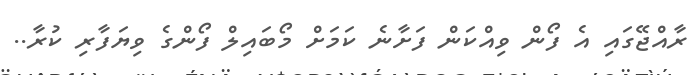
ރާއްޖޭގައި އެ ފޯން ވިއްކަން ފަށާނެ ކަމަށް މޯބައިލް ފޯންގެ ވިޔަފާރި ކުރާ..